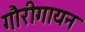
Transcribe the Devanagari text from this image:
गौरीगायन